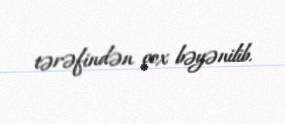
tərəfindən çox bəyənilib.